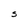
Character: S